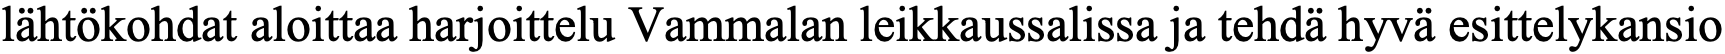
lähtökohdat aloittaa harjoittelu Vammalan leikkaussalissa ja tehdä hyvä esittelykansio